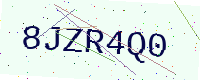
Text: 8JZR4Q0